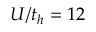
U / t _ { h } = 1 2